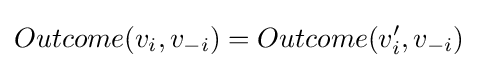
Outcome(v_{i},v_{-i})=Outcome(v_{i}',v_{-i})